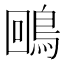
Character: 𪀟